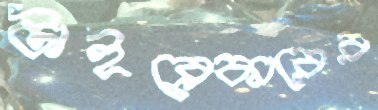
টাইব্রেকারের